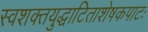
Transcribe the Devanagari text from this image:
स्वशक्तयुद्धाटिताशेषकपाटः